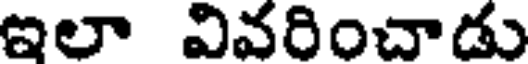
ఇలా వివరించాడు